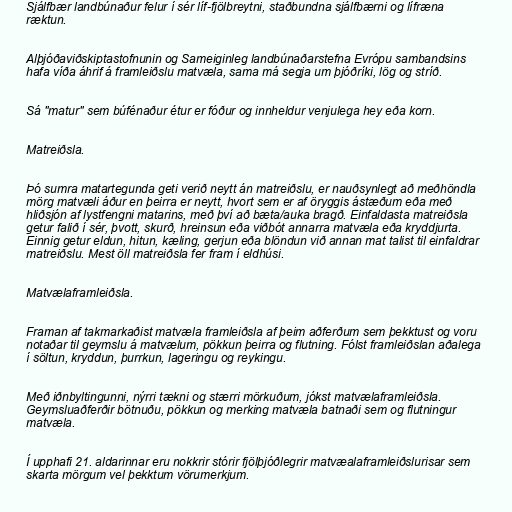
Sjálfbær landbúnaður felur í sér líf-fjölbreytni, staðbundna sjálfbærni og lífræna
ræktun.

Alþjóðaviðskiptastofnunin og Sameiginleg landbúnaðarstefna Evrópu sambandsins
hafa víða áhrif á framleiðslu matvæla, sama má segja um þjóðríki, lög og stríð.

Sá "matur" sem búfénaður étur er fóður og innheldur venjulega hey eða korn.

Matreiðsla.

Þó sumra matartegunda geti verið neytt án matreiðslu, er nauðsynlegt að meðhöndla
mörg matvæli áður en þeirra er neytt, hvort sem er af öryggis ástæðum eða með
hliðsjón af lystfengni matarins, með því að bæta/auka bragð. Einfaldasta matreiðsla
getur falið í sér, þvott, skurð, hreinsun eða viðbót annarra matvæla eða kryddjurta.
Einnig getur eldun, hitun, kæling, gerjun eða blöndun við annan mat talist til einfaldrar
matreiðslu. Mest öll matreiðsla fer fram í eldhúsi.

Matvælaframleiðsla.

Framan af takmarkaðist matvæla framleiðsla af þeim aðferðum sem þekktust og voru
notaðar til geymslu á matvælum, pökkun þeirra og flutning. Fólst framleiðslan aðalega
í söltun, kryddun, þurrkun, lageringu og reykingu.

Með iðnbyltingunni, nýrri tækni og stærri mörkuðum, jókst matvælaframleiðsla.
Geymsluaðferðir bötnuðu, pökkun og merking matvæla batnaði sem og flutningur
matvæla.

Í upphafi 21. aldarinnar eru nokkrir stórir fjölþjóðlegrir matvæalaframleiðslurisar sem
skarta mörgum vel þekktum vörumerkjum.